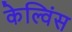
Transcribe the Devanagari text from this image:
केल्विंस